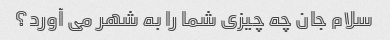
سلام جان چه چیزی شما را به شهر می آورد؟